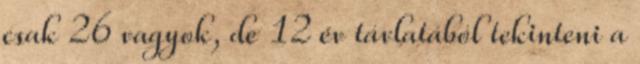
csak 26 vagyok, de 12 év távlatából tekinteni a